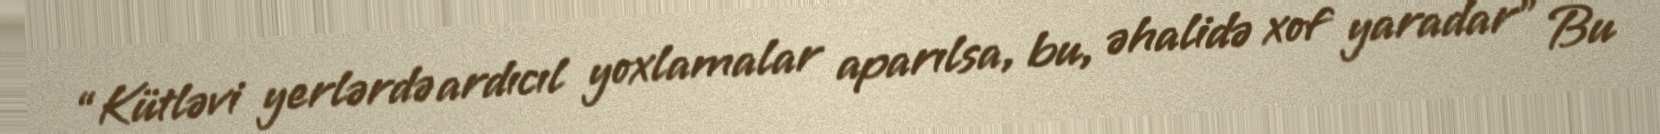
“Kütləvi yerlərdə ardıcıl yoxlamalar aparılsa, bu, əhalidə xof yaradar” Bu